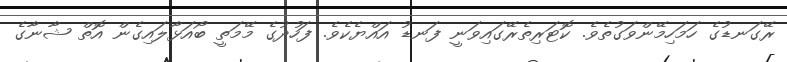
ރޭގަނޑުގެ ހަމަހިމޭންވަގުތެވެ. ކޮޓަރިތެރޭގައިވަނީ ފަނޑު އައްޔެކެވެ. ފަހުދުގެ މޭމަތީ ބޯއަޅާލައިގެން އޮތް ޝާނާގެ